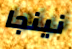
نينجا